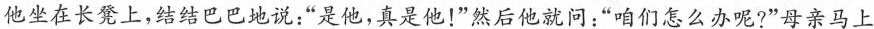
他坐在长凳上，结结巴巴地说：”是他，真是他！”然后他就问：”咱们怎么办呢?”母亲马上